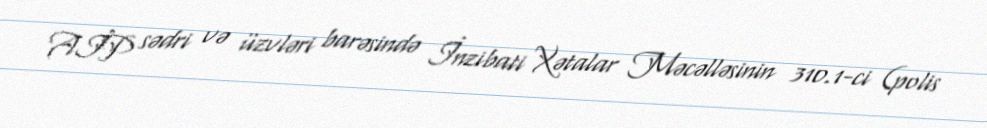
AİP sədri və üzvləri barəsində İnzibati Xətalar Məcəlləsinin 310.1-ci (polis